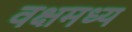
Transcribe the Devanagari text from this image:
वक्षमध्य